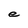
Character: e